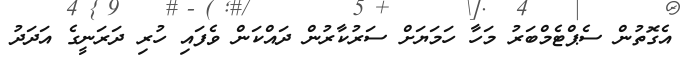
އެގޮތުން ސެޕްޓެމްބަރު މަހާ ހަމަޔަށް ސަރުކާރުން ދައްކަން ވެފައި ހުރި ދަރަނީގެ އަދަދު